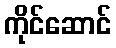
ကိုင်ဆောင်